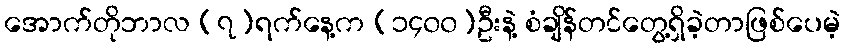
အောက်တိုဘာလ (၇)ရက်နေ့က (၁၄၀၀)ဦးနဲ့ စံချိန်တင်တွေ့ရှိခဲ့တာဖြစ်ပေမဲ့